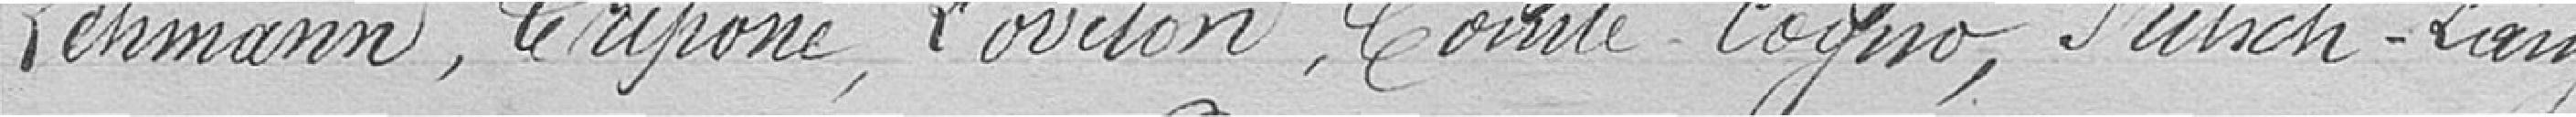
Lehmann, Criponé, Loviton, Comte-Coyno, Sutch-Long